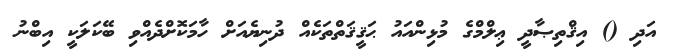
އަދި () އިޤްތިޞާދީ ޢިލްމްގެ މުޅިންއައު ޙަޤީޤަތްތަކެއް ދުނިޔެއަށް ހާމަކޮށްދެއްވި ބޭކަލަކީ އިބްނު